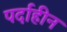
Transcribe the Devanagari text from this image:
पर्दाहीन